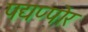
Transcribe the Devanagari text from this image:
पद्यप्पोर